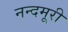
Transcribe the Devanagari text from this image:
नन्दमूरी